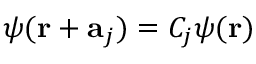
\psi ( \mathbf { r } + \mathbf { a } _ { j } ) = C _ { j } \psi ( \mathbf { r } )